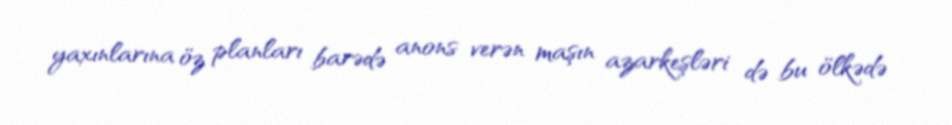
yaxınlarına öz planları barədə anons verən maşın azarkeşləri də bu ölkədə